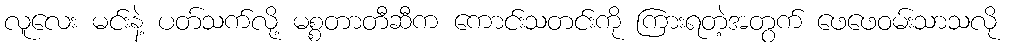
လူလေး မင်းနဲ့ ပတ်သက်လို့ မစ္စတာတီဆီက ကောင်းသတင်းကို ကြားရတဲ့အတွက် ဖေဖေဝမ်းသာသလို